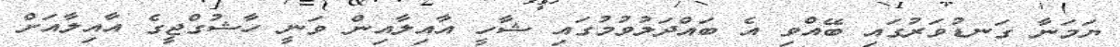
ޔަމަނާ ގަނޑުވަރުގައި ބޭއްވި އެ ބައްދަލުވުމުގައި ޝާހީ އާއިލާއިން ވަނީ ހާޝުގްޖީގެ އާއިލާއަށް